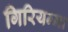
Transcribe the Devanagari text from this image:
गिरियम्मा